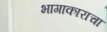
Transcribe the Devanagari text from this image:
भागाकाराचा